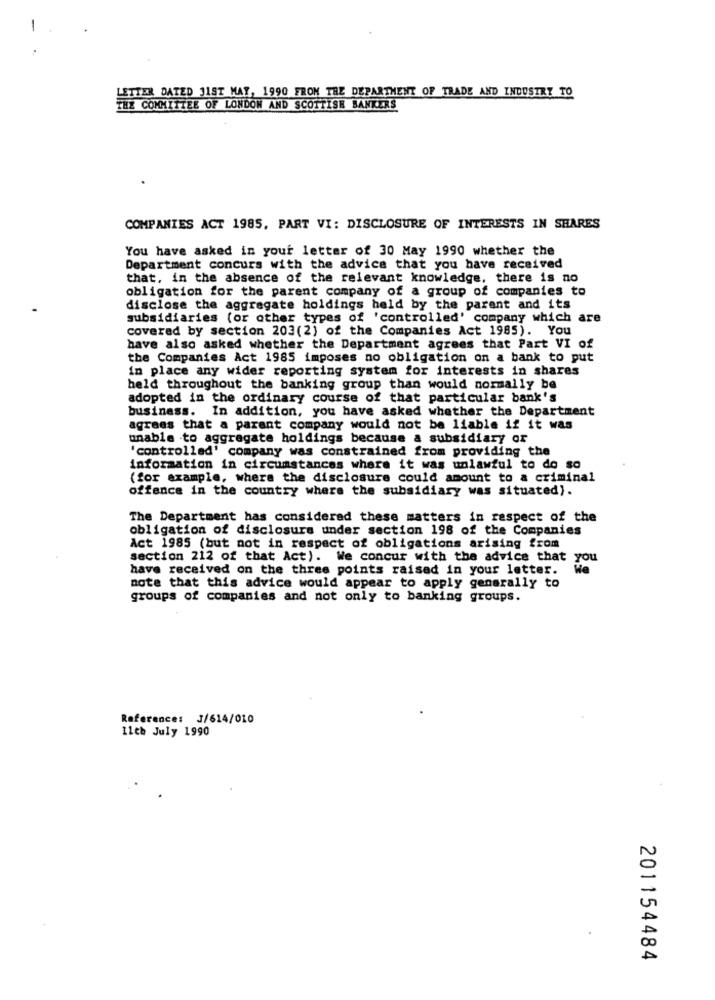
-
LETTER DATED JIST MAY, 1990 FROM THE DEPARTMENT OF TRADE AND INDUSTRY TO
THE COMMITTEE OF LONDON AND SCOTTISH BANKERS
COMPANIES ACT 1985, PART VI: DISCLOSURE OF INTERESTS IN SHARES
You have asked in your letter of 30 May 1990 whether the
Department concurs with the advice that you have received
that, in the absence of the relevant knowledge, there is no
obligation for the parent company of a group of companies to
disclose the aggregate holdings held by the parent and its
subsidiaries (or other types of 'controlled' company which are
covered by section 203(2) of the Companies Act 1985). You
have also asked whether the Department agrees that Part VI of
the Companies Act 1985 imposes no obligation on a bank to put
in place any wider reporting system for interests in shares
held throughout the banking group than would normally be
adopted in the ordinary course of that particular bank's
business. In addition, you have asked whether the Department
agrees that a parent company would not be liable if it was
unable to aggregate holdings because a subsidiary or
'controlled' company was constrained from providing the
information in circumstances where it was unlawful to do so
(for example, where the disclosure could amount to a criminal
offence in the country where the subsidiary was situated).
The Department has considered these matters in respect of the
obligation of disclosure under section 198 of the Companies
Act 1985 (but not in respect of obligations arising from
section 212 of that Act). We concur with the advice that you
have received on the three points raised in your letter.
He
note that this advice would appear to apply generally to
groups of companies and not only to banking groups.
Reference: 3/614/010
11cb July 1990
201154484